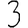
Digit: 3